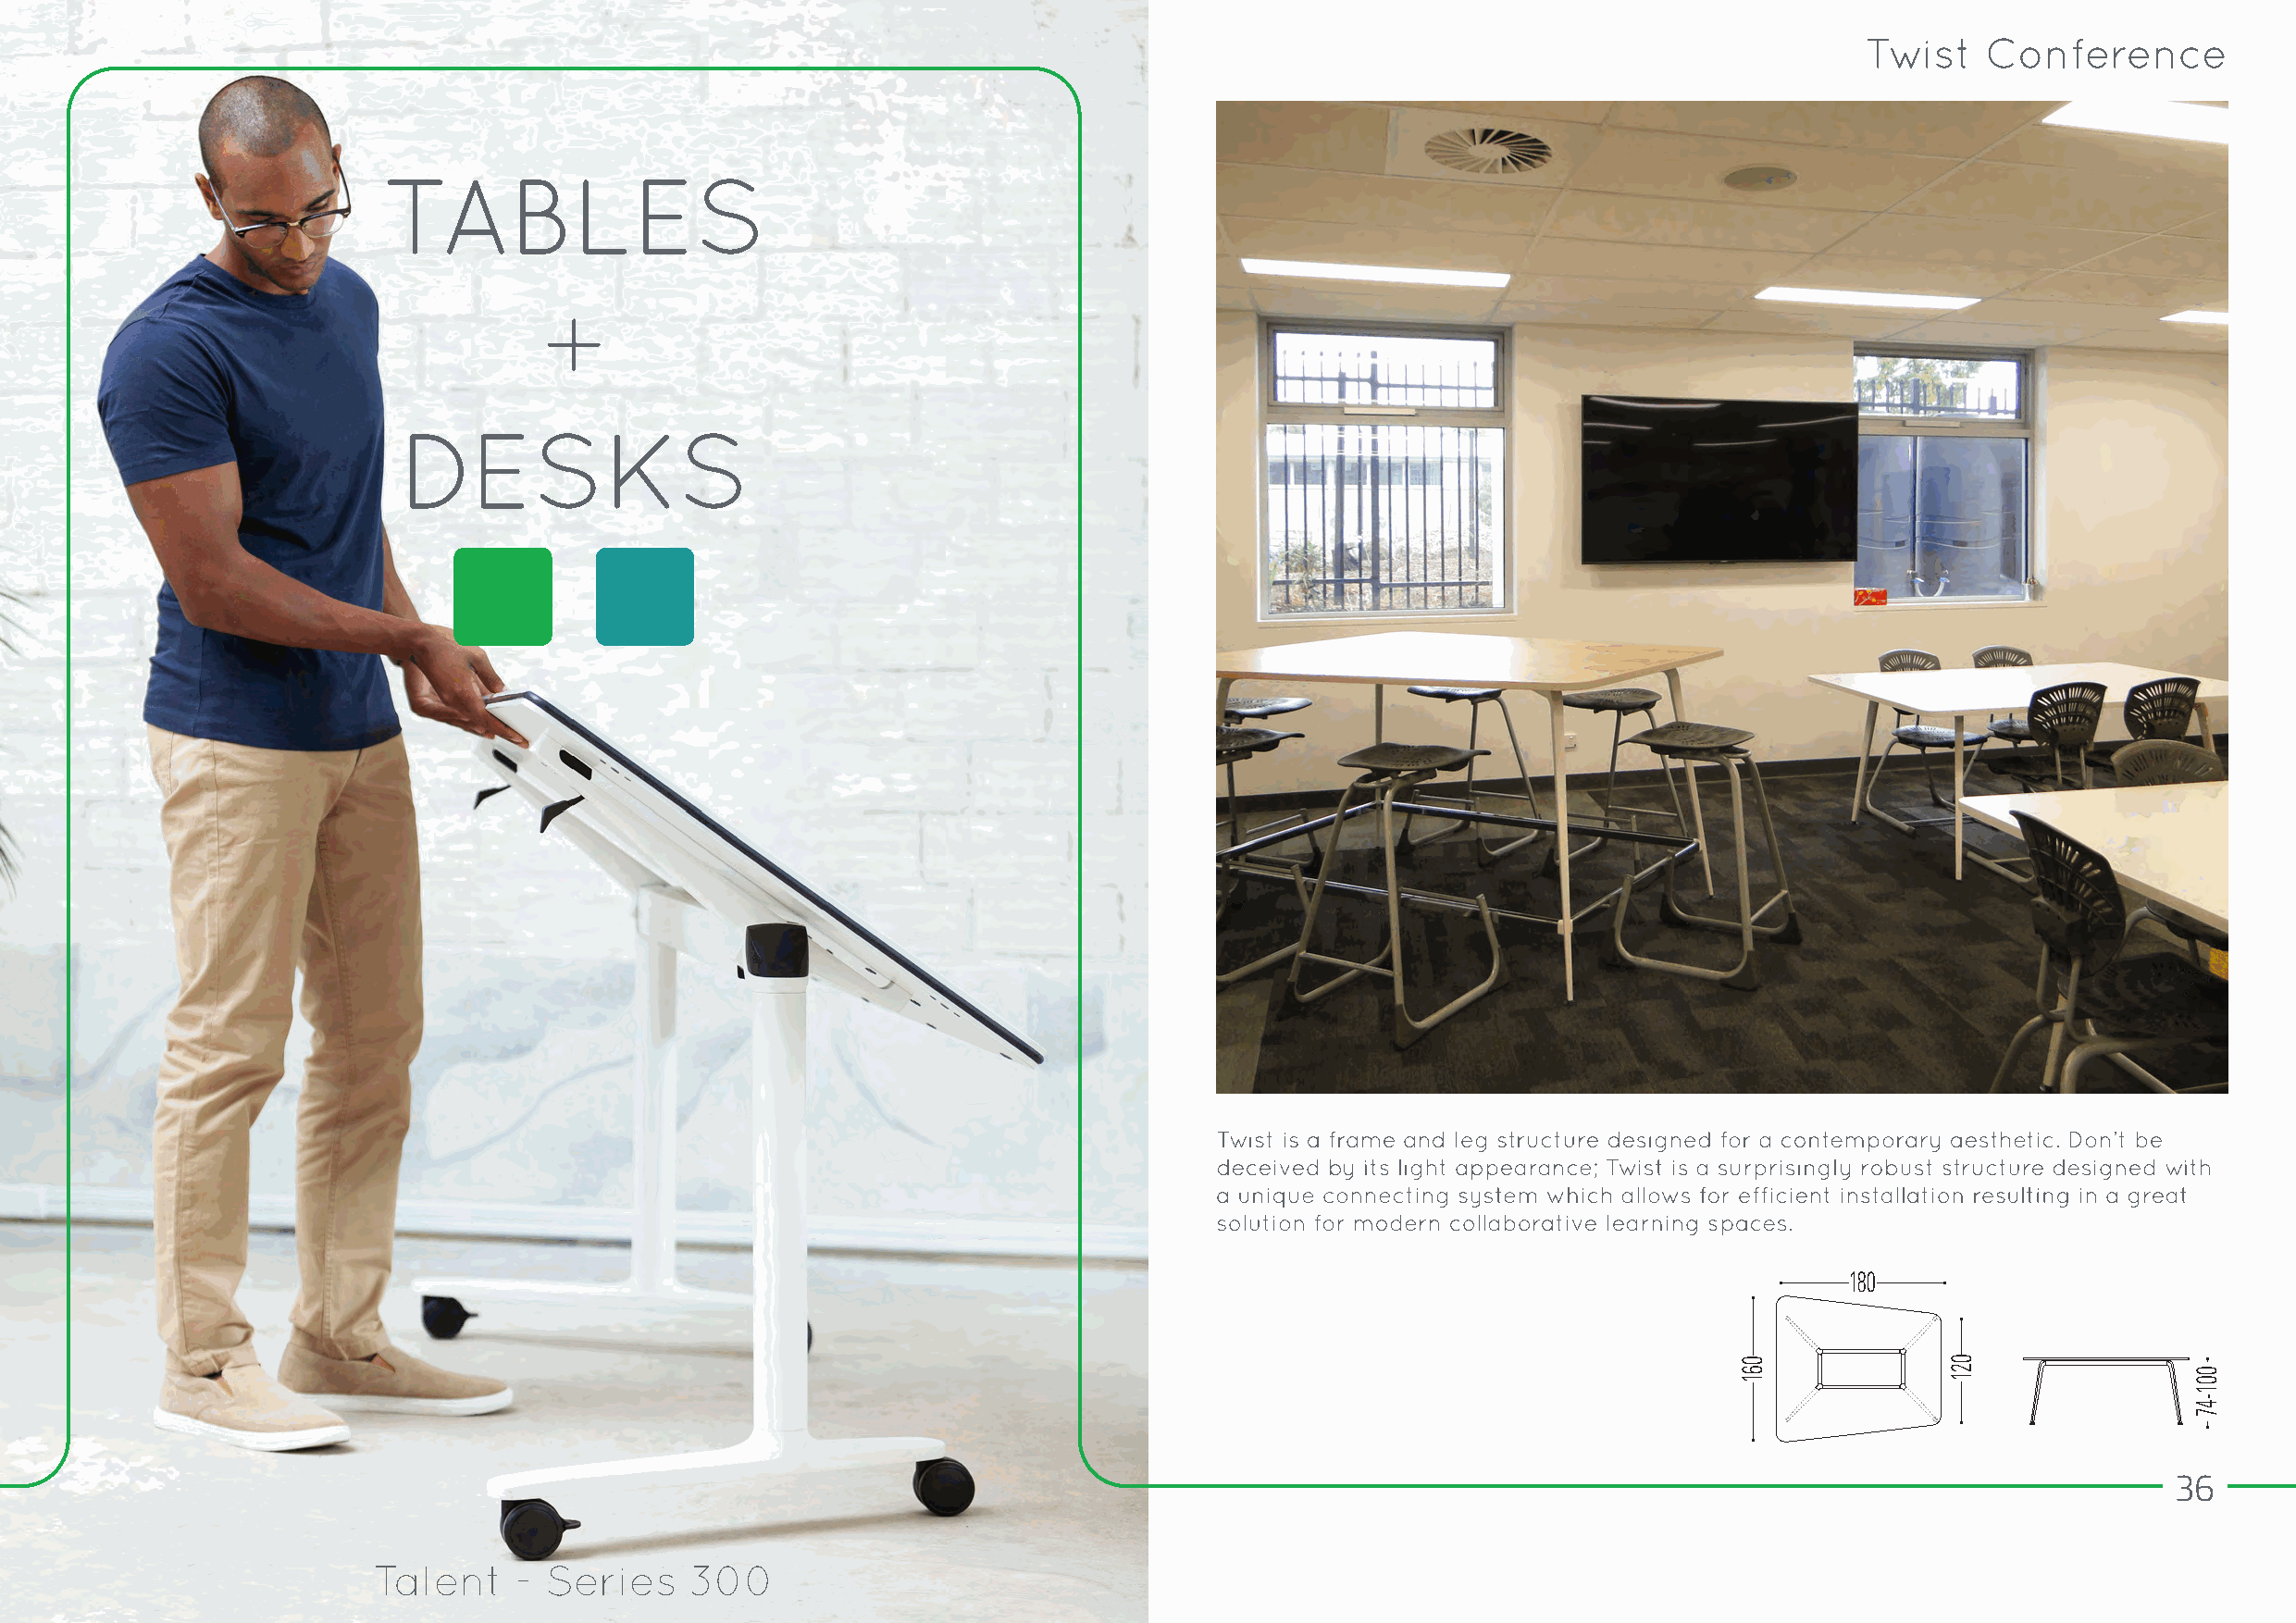
TWIST. by Enrico Frigerio                                                                                                                                          ACTIU   16. 17
 Among the innovative contributions of Twist are its trapezoid
 desks, which are available in a standard height or in a higher
 height for working in a standing position or sitting on a stool. This
 makes the desks perfect for presentations, videoconferences and
 online meetings since it means that the entire screen can be seen
 from any angle by the people using it.
 60     7
 Una de las aportaciones innovadoras de Twist son las mesas
 trapezoidales, disponibles en altura estándar o más alta -para
 trabajar de pie o sobre taburete- ideales para presentaciones,
 videoconferencias y reuniones online ya que permite la visión
 completa de la pantalla desde cualquier ángulo a todas aquellas                                                                         50
 personas que la estén usando.
 Les tables trapézoïdales représentent l’un des apports novateurs
 180
 de Twist. Elles sont disponibles en hauteur standard ou à
 une hauteur supérieure pour le travail debout ou assis sur un
 tabouret – une configuration idéale pour les présentations, les
 vidéoconférences et les réunions en ligne, car elle permet une
 vision complète de l’écran pour tous les utilisateurs, depuis tous
 36
 les angles de la pièce.
 7                   109,5
 Eine von Twist präsentierte Innovation sind die trapezförmigen                                                                      180
 Tische, verfügbar in Standardhöhe oder größer – um stehend oder
 sitzend zu arbeiten – ideal für Präsentationen, Videokonferenzen
 und Online-Meetings, da das der Bildschirm aus jedem Winkel für
 alle teilnehmenden Personen perfekt sichtbar ist.
 061
 061
 061
 5,8
 021
 021
 061
 001-47
 001-47